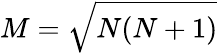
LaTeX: M=\sqrt{N(N+1)}